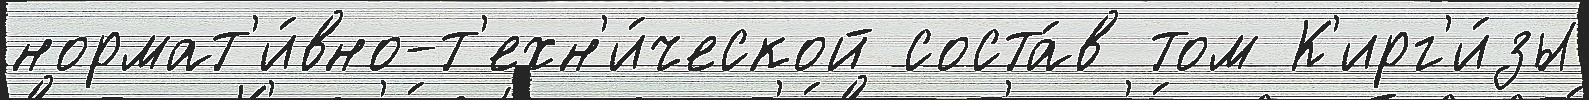
нормат'и́вно-т'ехн'и́ческой соста́в том К'ирг'и́зы